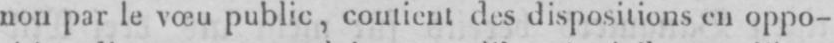
non par le vœu public, contient des dispositions en oppo-